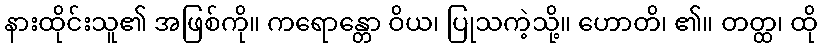
နားထိုင်းသူ၏ အဖြစ်ကို။ ကရောန္တော ဝိယ၊ ပြုသကဲ့သို့။ ဟောတိ၊ ၏။ တတ္ထ၊ ထို